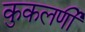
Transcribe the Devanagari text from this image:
कुकलर्णी